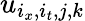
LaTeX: u_{i_{x},i_{t},j,k}